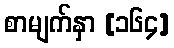
စာမျက်နှာ [၁၆၄]